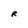
Character: R